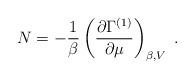
LaTeX: \begin{align*}N = -\frac{1}{\beta}\left(\frac{\partial\Gamma^{(1)}}{\partial\mu}\right)_{\beta,V}\;.\end{align*}